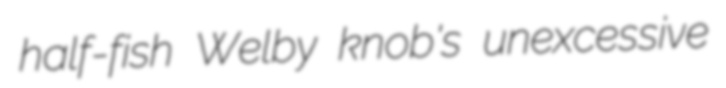
half-fish Welby knob's unexcessive